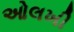
ઓલખી